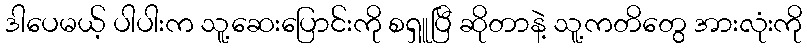
ဒါပေမယ့် ပါပါးက သူ့ဆေးပြောင်းကို စရှူပြီ ဆိုတာနဲ့ သူ့ကတိတွေ အားလုံးကို